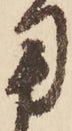
用